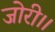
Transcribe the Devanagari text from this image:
जोरी।।